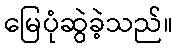
မြေပုံဆွဲခဲ့သည်။